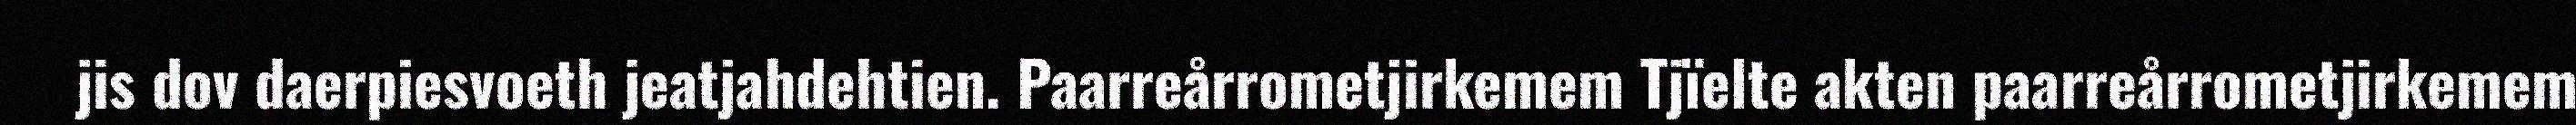
jis dov daerpiesvoeth jeatjahdehtien. Paarreårrometjirkemem Tjïelte akten paarreårrometjirkemem